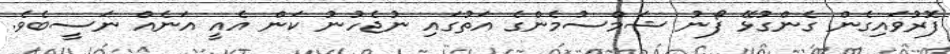
ފޮރުވައިގެން ގެންގުޅޭ ފޯނު ޝަމްސުމެންގެ އަތުގައި ނުޖެހުނު ކަން އެއީ އަނެއް ނަސީބެވެ.